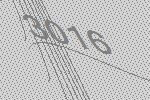
3016